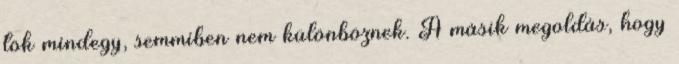
tök mindegy, semmiben nem különböznek. A másik megoldás, hogy